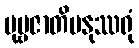
ပုဗ္ဗဇာတိမနုဿရုံ